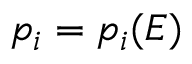
p _ { i } = p _ { i } ( E )